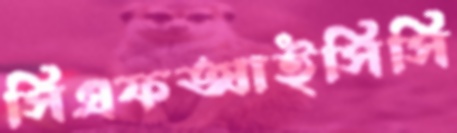
সিএফআইসিসি